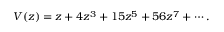
V ( z ) = z + 4 z ^ { 3 } + 1 5 z ^ { 5 } + 5 6 z ^ { 7 } + \cdots .